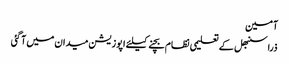
آمین
ذرا سنبھل کے	 تعلیمی نظام بچنے کیلئے اپوزیشن میدان میں آ گئی